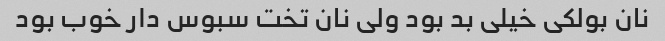
نان بولکی خیلی بد بود ولی نان تخت سبوس دار خوب بود